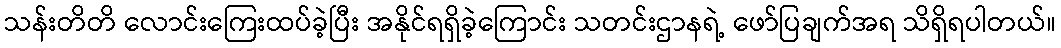
သန်းတိတိ လောင်းကြေးထပ်ခဲ့ပြီး အနိုင်ရရှိခဲ့ကြောင်း သတင်းဌာနရဲ့ ဖော်ပြချက်အရ သိရှိရပါတယ်။